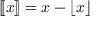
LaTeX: [ \! [ x ] \! ] = x - \left\lfloor x \right\rfloor \!